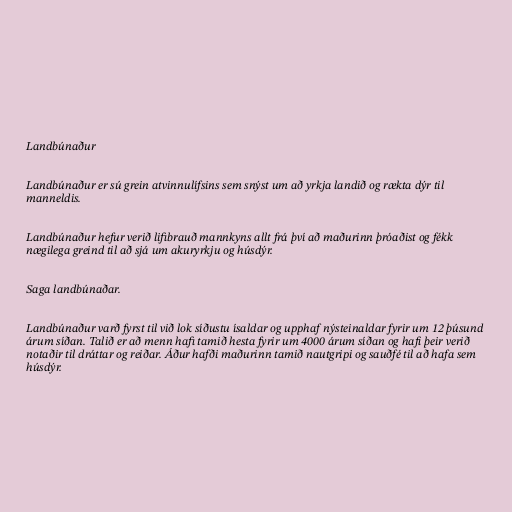
Landbúnaður

Landbúnaður er sú grein atvinnulífsins sem snýst um að yrkja landið og rækta dýr til
manneldis.

Landbúnaður hefur verið lifibrauð mannkyns allt frá því að maðurinn þróaðist og fékk
nægilega greind til að sjá um akuryrkju og húsdýr.

Saga landbúnaðar.

Landbúnaður varð fyrst til við lok síðustu ísaldar og upphaf nýsteinaldar fyrir um 12 þúsund
árum síðan. Talið er að menn hafi tamið hesta fyrir um 4000 árum síðan og hafi þeir verið
notaðir til dráttar og reiðar. Áður hafði maðurinn tamið nautgripi og sauðfé til að hafa sem
húsdýr.